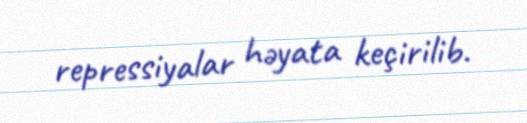
repressiyalar həyata keçirilib.